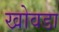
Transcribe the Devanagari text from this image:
खोवडा